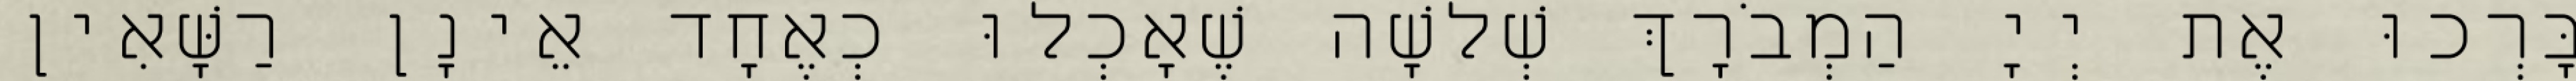
בָּרְכוּ אֶת יְיָ הַמְבֹרָךְ שְׁלשָׁה שֶׁאָכְלוּ כְאֶחָד אֵינָן רַשָּׁאִין